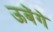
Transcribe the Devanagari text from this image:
ऊबेंगे